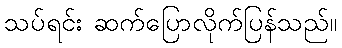
သပ်ရင်း ဆက်ပြောလိုက်ပြန်သည်။